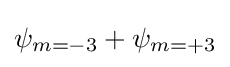
\psi _{m=-3}+\psi _{m=+3}